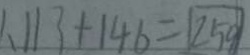
1 、 1 1 3 + 1 4 6 = \textcircled { 2 5 9 }